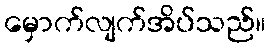
မှောက်လျက်အိပ်သည်။